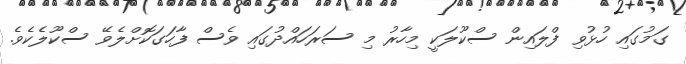
ގަމުގައި ހުޅުވި ފްލައިން ސްކޫލަކީ މިހާރު މި ސަރަހައްދުގައި ވެސް ފާހަގަކޮށްލެވޭ ސްކޫލެކެވެ.